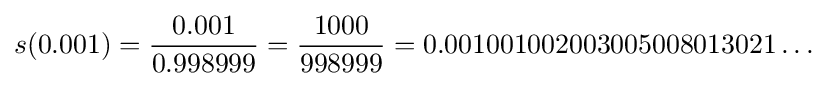
s(0.001)={\frac {0.001}{0.998999}}={\frac {1000}{998999}}=0.001001002003005008013021\ldots